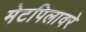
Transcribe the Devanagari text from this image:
मेटपिलावरे